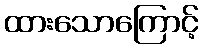
ထားသောကြောင့်